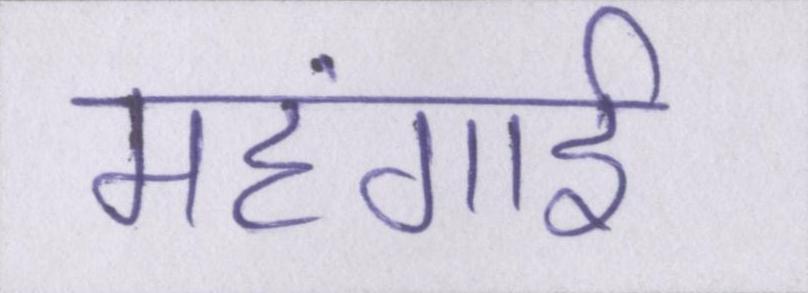
महंगार्इ